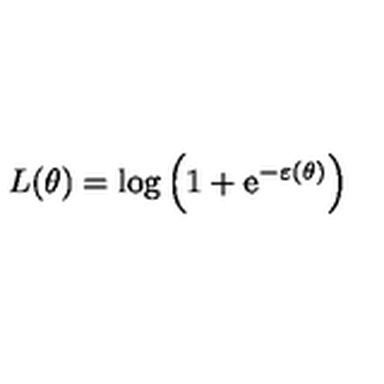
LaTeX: L ( \theta ) = \log \left( 1 + \mathrm { e } ^ { - \varepsilon \left( \theta \right) } \right)